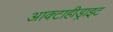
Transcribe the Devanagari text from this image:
आक्टाहीड्राइट